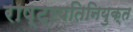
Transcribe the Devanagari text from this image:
राष्ट्रपतिनियुक्त